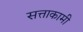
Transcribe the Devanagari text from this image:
सत्ताकामी